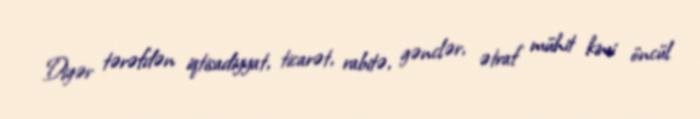
Digər tərəfdən iqtisadiyyat, ticarət, rabitə, gənclər, ətraf mühit kimi öncül